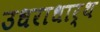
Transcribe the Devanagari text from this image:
उधराधार्थ